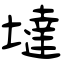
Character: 墶